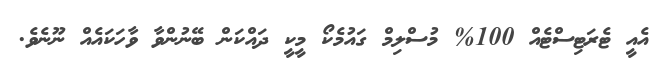
އެއީ ޓެރަޓިސްޓެއް 100% މުސްލިމް ގައުމެކޯ މީކީ ދައްކަން ބޭނުންވާ ވާހަކައެއް ނޫނެވެ.